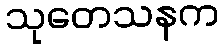
သုတေသနက